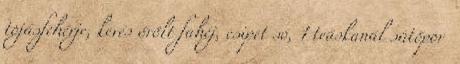
tojásfehérje, kevés őrölt fahéj, csipet só, 1 teáskanál sütőpor